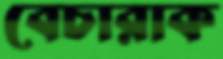
বেচারাক